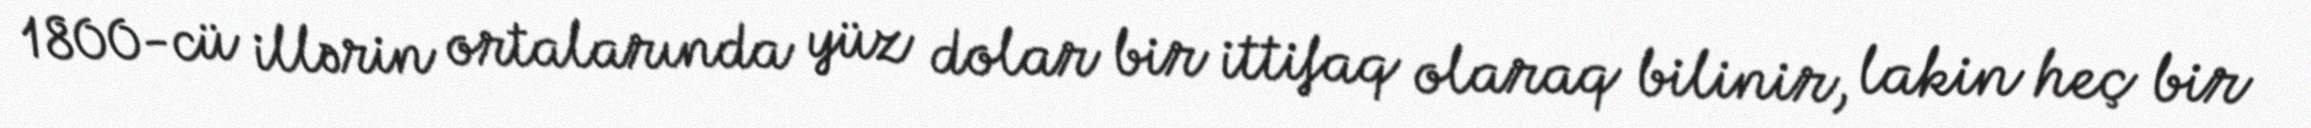
1800-cü illərin ortalarında yüz dolar bir ittifaq olaraq bilinir, lakin heç bir